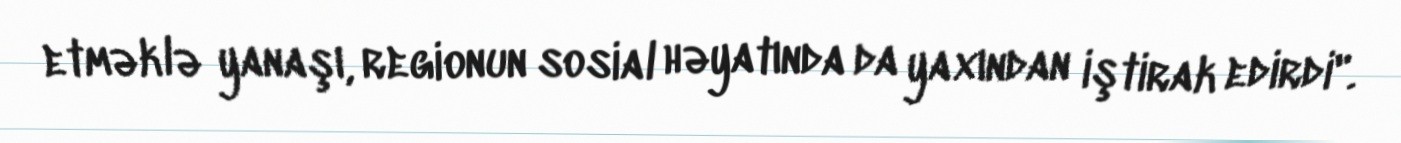
etməklə yanaşı, regionun sosial həyatında da yaxından iştirak edirdi".